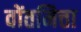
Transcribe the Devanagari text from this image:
वोंतमित्ता